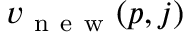
v _ { \mathrm { ~ n ~ e ~ w ~ } } ( p , j )